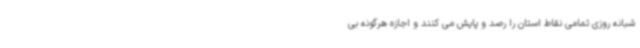
شبانه روزی تمامی نقاط استان را رصد و پایش می کنند و اجازه هرگونه بی